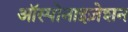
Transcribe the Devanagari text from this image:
ऑस्पोनाइज़ेशन